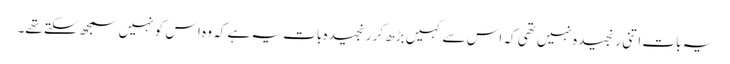
یہ بات اتنی رنجیدہ نہیں تھی کہ اس سے کہیں بڑھ کر رنجیدہ بات یہ ہے کہ وہ اس کو نہیں سمجھ سکتے تھے۔